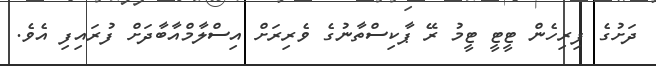
ދަށުގެ ފިރިހެން ޓީޓީ ޓީމު ރޭ ޕާކިސްތާނުގެ ވެރިރަށް އިސްލާމްއާބާދަށް ފުރައިފި އެވެ.